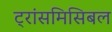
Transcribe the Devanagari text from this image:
ट्रांसमिसिबल